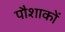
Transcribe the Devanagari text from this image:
पौशाकों